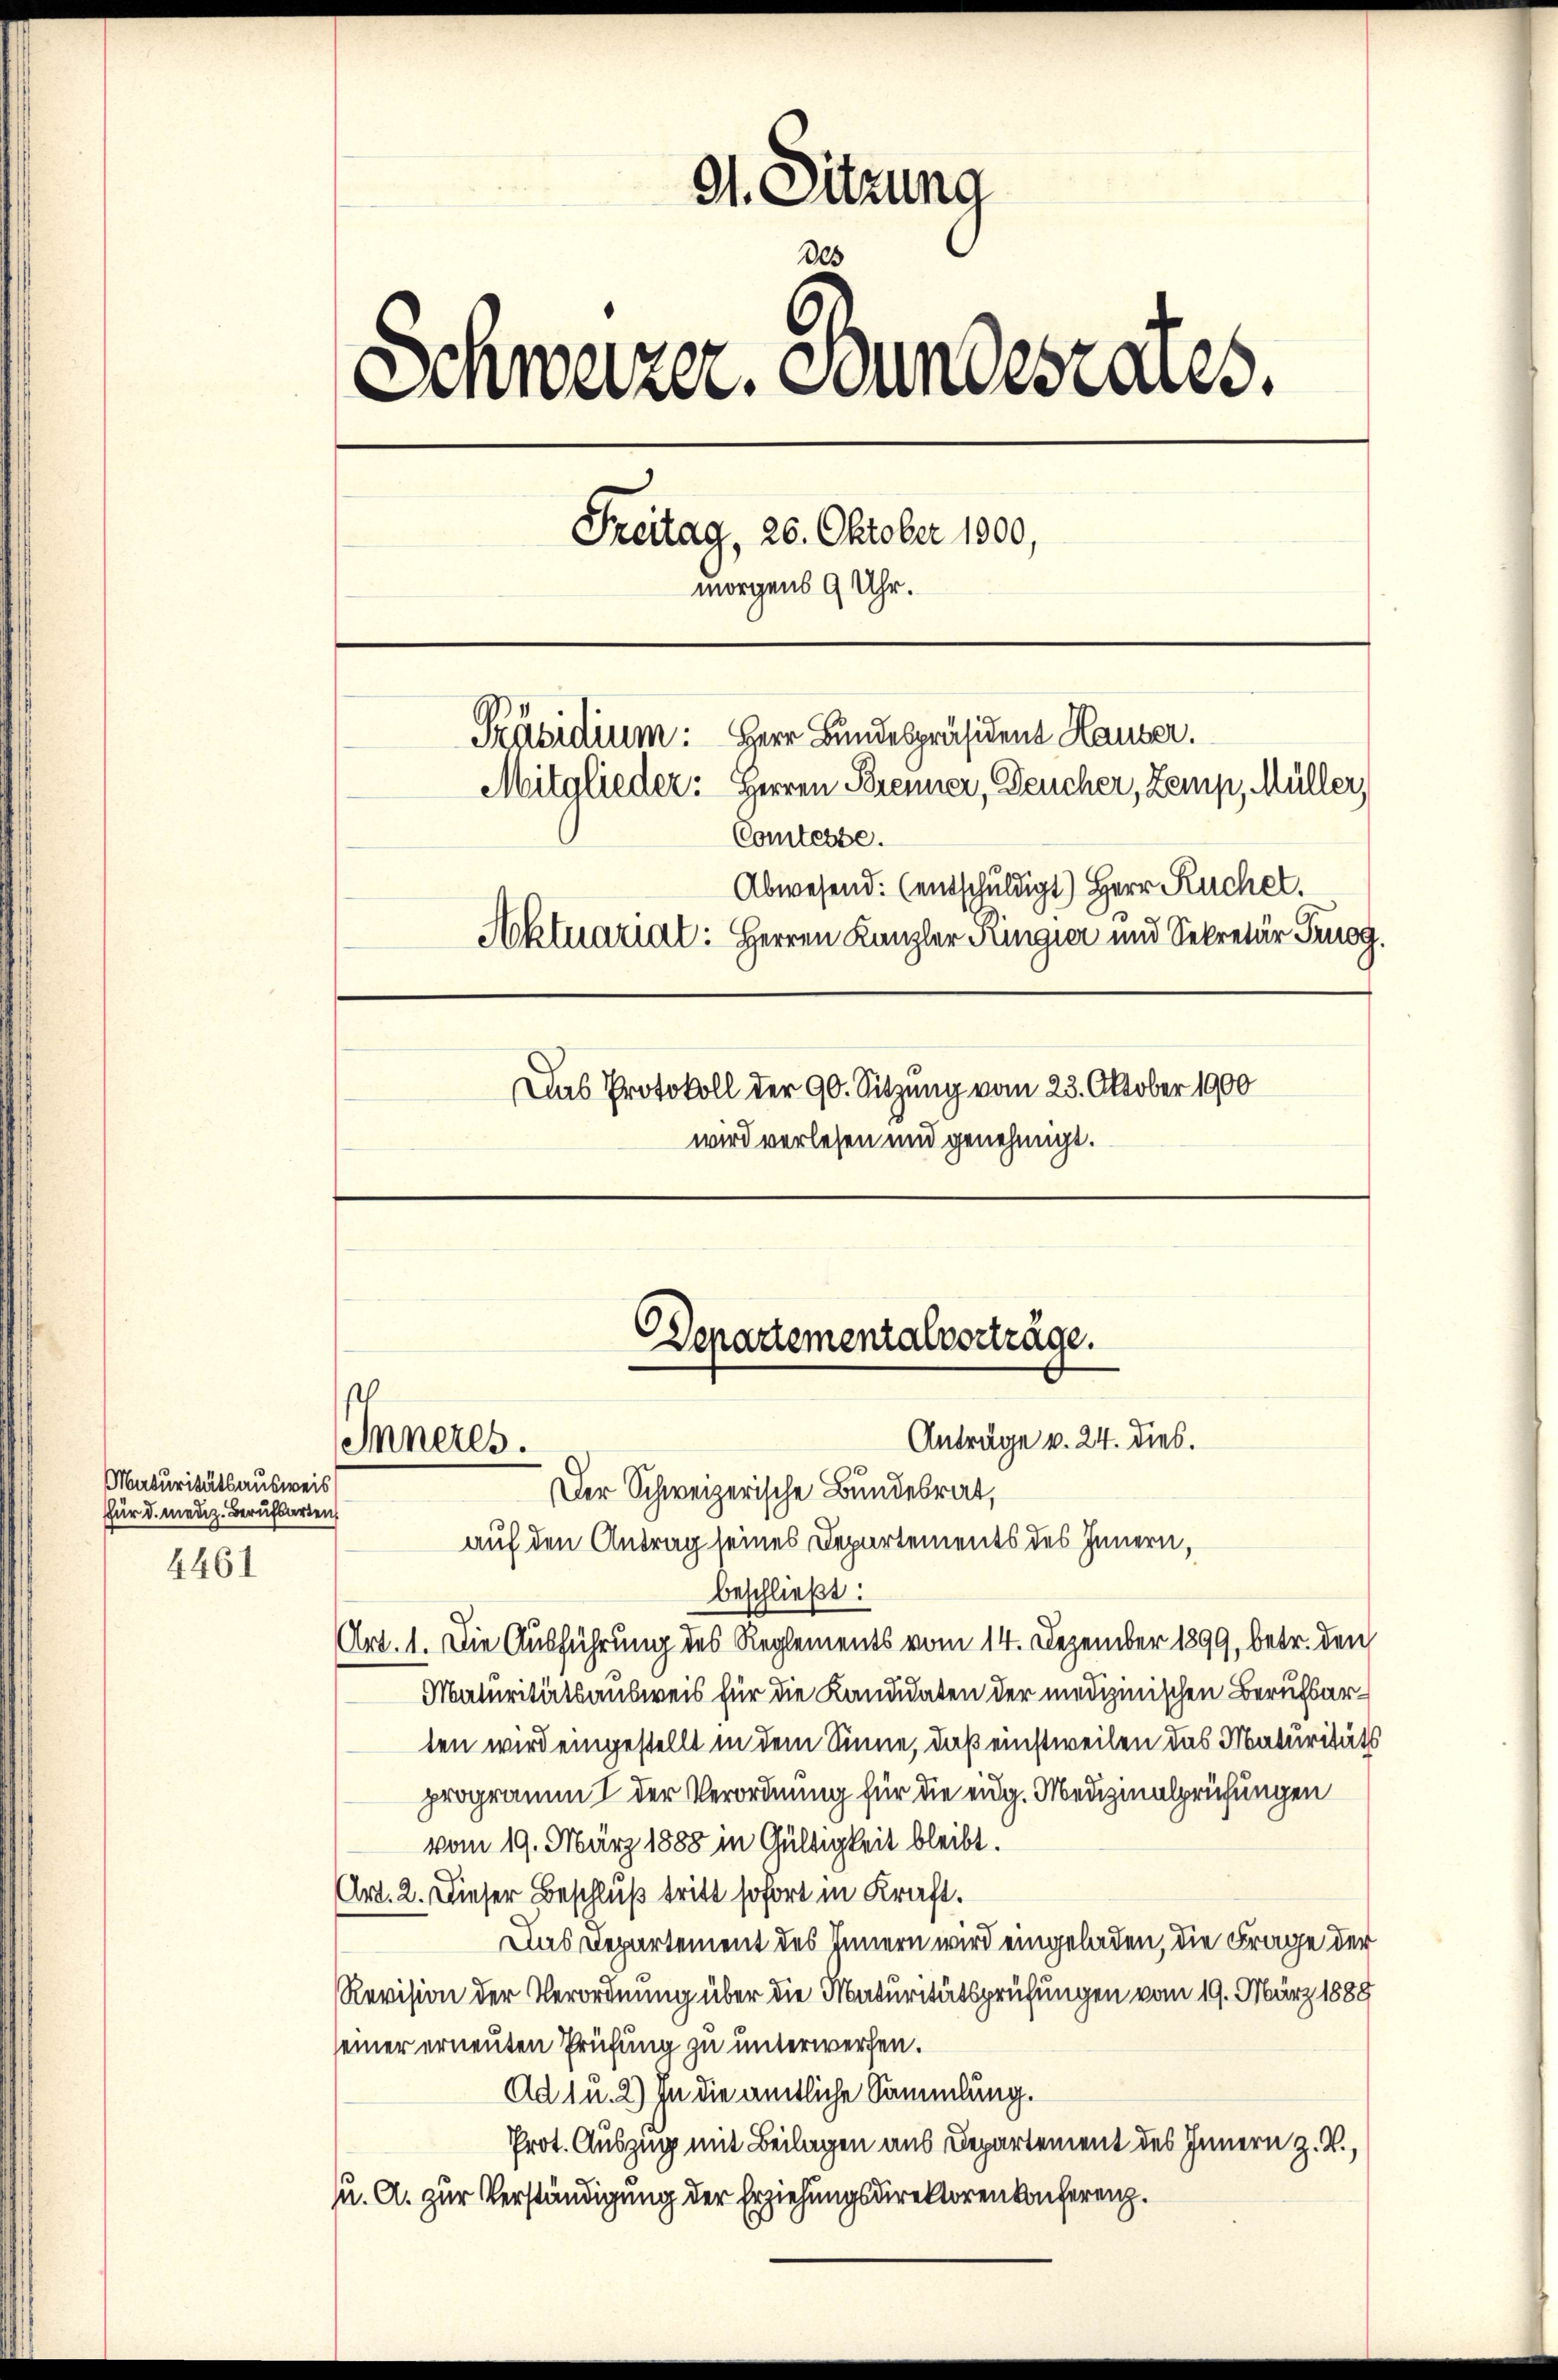
Maturitätsausweis
für d. mediz. Berufsarte

4461

91. Sitzung
des
Schweizer. Stundesrates,
Freitag, 26. Oktober 1900,
morgens 9 Uhr.
Präsidium: Herr Bundespräsident Hauser.
Mitglieder: Herren Brenner, Feucher, Zemp, Müller,
Comtesse.
Abwesend: (entschuldigt) Herr Ruchel.
Aktuariat: Herren Kanzler Ringier und Sekretär Prugg.
Das Protokoll der 90. Sitzung vom 23. Oktober 1900
wird verlesen und genehmigt.

d

Anträge v. 24. dies.
Der Schweizerische Bundesrat,
auf den Antrag seines Departements des Innern,
beschließt:
Art. 1. Die Ausführung des Reglements vom 14. Dezember 1899, betr. den
Maturitätsausweis für die Kandidaten der medizinischen Berufsarten wird eingestellt in dem Sinne, daß einstweilen das Maturitäts
programmt der Verordnung für die eidg. Medizinalprüfungen
vom 19. März 1888 in Gültigkeit bleibt.
Art. 2. Dieser Beschluß tritt sofort in Kraft.
Das Departement des Innern wird eingeladen, die Frage der
Revision der Verordnung über die Maturitätsprüfungen vom 19. März 1889
seiner erneuten Prüfung zu unterwerfen.
Ad 1 u. 2) In die amtliche Sammlung.
Prot. Auszug mit Beilagen aus Departement des Innern z. B.,
u. A. zur Verständigung der Erziehungsdirektoren konferenz.

Inneres.

Departementalvorträge.